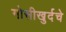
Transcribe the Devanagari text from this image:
गोसीखुर्दचे